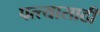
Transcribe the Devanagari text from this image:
पत्त्यासाठी